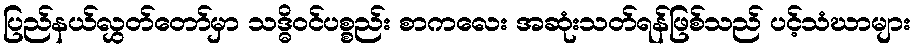
ပြည်နယ်လွှတ်တော်မှာ သဒ္ဓိဝင်ပစ္စည်း စာကလေး အဆုံးသတ်ရန်ဖြစ်သည် ပင့်သံဃာများ